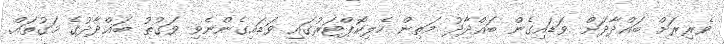
ވެރިރަށް ބަޣްދާދަށް ވަޑައިގެން ބަޣްދާދު މަތިން ހެލިކޮޕްޓަރުގައި ވަޑައިގެންނެވި ވަގުތު ބަޣްދާދުގެ މަގުތައް.